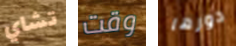
تشاي وقت دورها